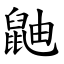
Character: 鼬